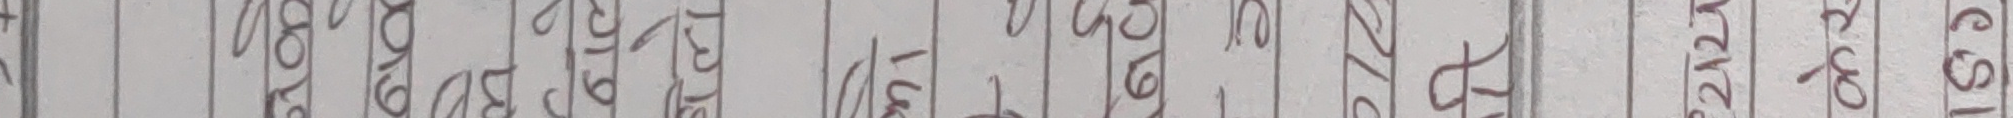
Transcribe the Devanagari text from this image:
२२१००१००२२१
८०६७२००८२२३६